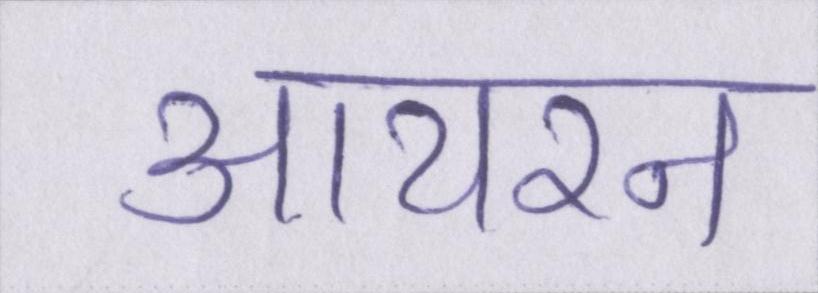
आयरन